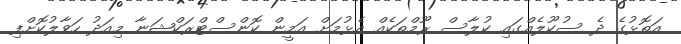
އަތޮޅުގެ ދެ ސުކޫލެއްގައި ކުލާސް ރޫމްތަކެއް އެޅުމަށް އަމީން ކޮންސްޓްރަކްޝަނާ މިއަދު ހަވާލުކޮށްފި